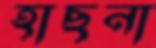
হাছনা